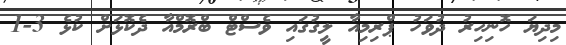
މިދިޔަ ހޮނިހިރު ދުވަހު ޕްރިމިއާ ލީގުގައި ވެސްޓް ބްރޮމްއާ ދެކޮޅަށް ކުޅެ 3-1